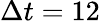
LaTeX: \Delta t=12